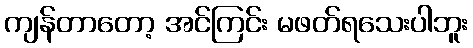
ကျန်တာတော့ အင်ကြင်း မဖတ်ရသေးပါဘူး